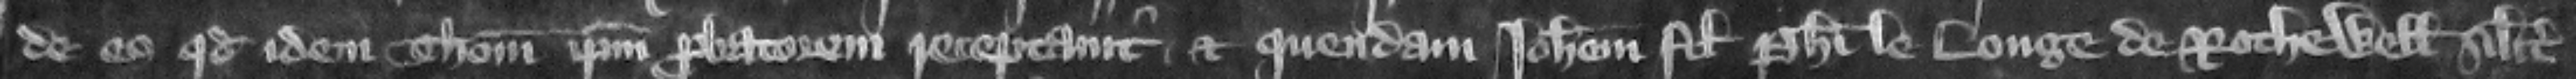
de o quod idem Thomas ipsum probatorem receptauit et quendam Iohannem filium Philippi le Longe de Rothewell similiter